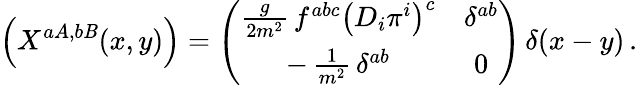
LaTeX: \Bigl(X^{aA,b\mathit{B}}(x,y)\Bigr)=\left(\begin{array}{cc}{{\frac{g}{2m^{2}}\, f^{abc}\bigl(D_{i}\pi^{i}\bigr)^{c}}}&{{\delta^{ab}}}\\ {{-\, \frac{1}{m^{2}}\, \delta^{ab}}}&{{0}}\end{array}\right)\, \delta(x-y)\, .